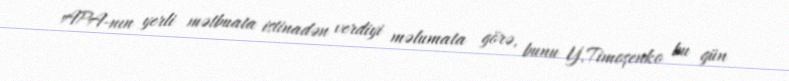
APA-nın yerli mətbuata istinadən verdiyi məlumata görə, bunu Y.Timoşenko bu gün